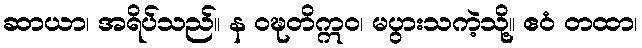
ဆာယာ၊ အရိပ်သည်။ န ဝဍ္ဎတိဣဝ၊ မပွားသကဲ့သို့။ ဧဝံ တထာ၊